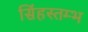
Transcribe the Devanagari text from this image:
सिंहस्तम्भ